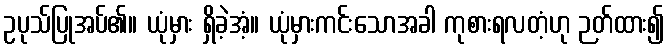
ဥပုသ်ပြုအပ်၏။ ယုံမှား ရှိခဲ့အံ့။ ယုံမှားကင်းသောအခါ ကုစားရလတံ့ဟု ဉတ်ထား၍